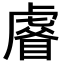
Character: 𧇗